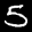
Label: 5